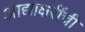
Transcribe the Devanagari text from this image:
आद्याक्षरींची